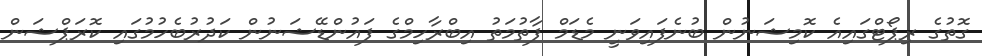
ގޮތުގެ ރިޕޯޓްގައިއެ ކޮމިޝަނުން ބުނެފައިވަނީ މެޑަމް ފާތުމަތު އިބްރާހިމްގެ ފައުންޑޭޝަނުން ކަދުރުބެހުމުގައި ކޮރަޕްޝަން